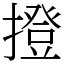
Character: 撜